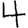
Digit: 4